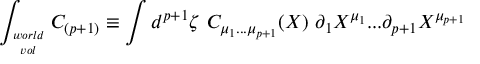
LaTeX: \int _ { w o r l d \atop v o l } C _ { ( p + 1 ) } \equiv \int d ^ { p + 1 } \zeta \ C _ { \mu _ { 1 } . . . \mu _ { p + 1 } } ( X ) \ \partial _ { 1 } X ^ { \mu _ { 1 } } . . . \partial _ { { p + 1 } } X ^ { \mu _ { p + 1 } }